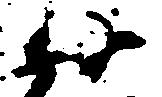
廿